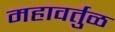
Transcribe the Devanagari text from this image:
महावर्तुळ